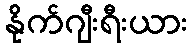
နိုက်ဂျီးရီးယား